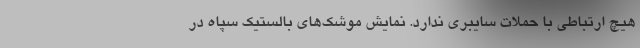
هیچ ارتباطی با حملات سایبری ندارد. نمایش موشک‌های بالستیک سپاه در